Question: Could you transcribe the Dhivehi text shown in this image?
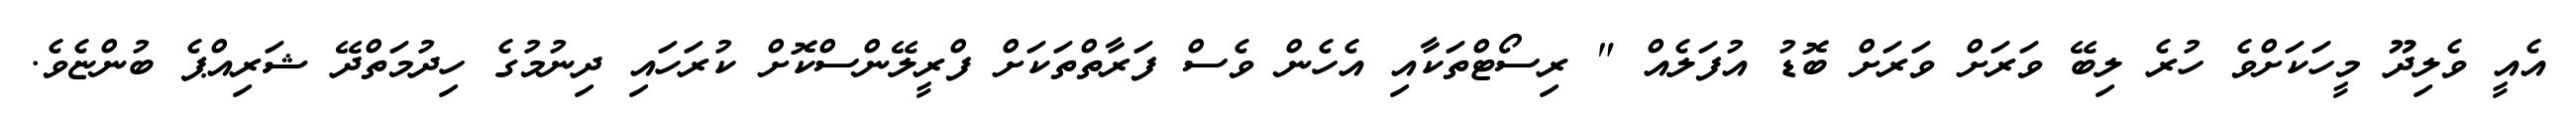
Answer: އެއީ ވެލިދޫ މީހަކަށްވެ ހުރެ ލިބޭ ވަރަށް ވަރަށް ބޮޑު އުފަލެއް " ރިސޯޓްތަކާއި އެހެން ވެސް ފަރާތްތަކަށް ފްރީލޭންސްކޮށް ކުރަހައި ދިނުމުގެ ހިދުމަތްދޭ ޝަރިއްޕެ ބުންޏެވެ.